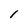
Character: I